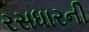
રસધારની